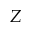
Z